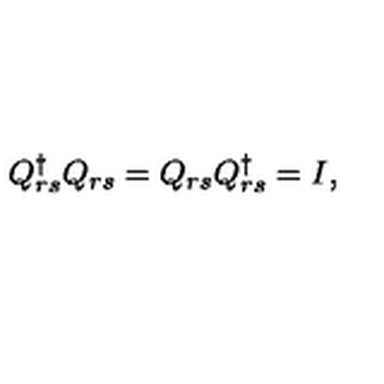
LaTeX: Q _ { r s } ^ { \dagger } Q _ { r s } = Q _ { r s } Q _ { r s } ^ { \dagger } = I ,